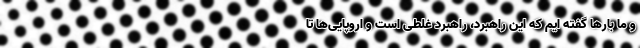
و ما بارها گفته ایم که این راهبرد، راهبرد غلطی است و اروپایی‌ها تا